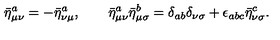
{ \bar { \eta } ^ { a } } _ { \mu \nu } = - { \bar { \eta } ^ { a } } _ { \nu \mu } , \qquad { \bar { \eta } ^ { a } } _ { \mu \nu } { \bar { \eta } ^ { b } } _ { \mu \sigma } = { \delta } _ { a b } { \delta } _ { \nu \sigma } + { \epsilon } _ { a b c } { \bar { \eta } ^ { c } } _ { \nu \sigma } .